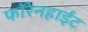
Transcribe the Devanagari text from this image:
फॉरेनहाईट